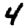
Digit: 4